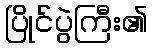
ပြိုင်ပွဲကြီး၏